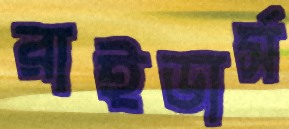
রাইডার্স